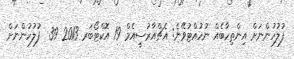
ފުލުހުންނަށް އިންތިހާބެއް ނުހުއްޓުވޭނެ: އެޗްއާރުސީއެމް 19 އޮކްޓޯބަރ 2013 39  ފުލުހުންނަށް